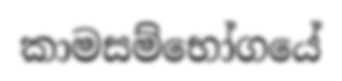
කාමසම්භෝගයේ